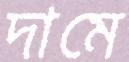
দামে